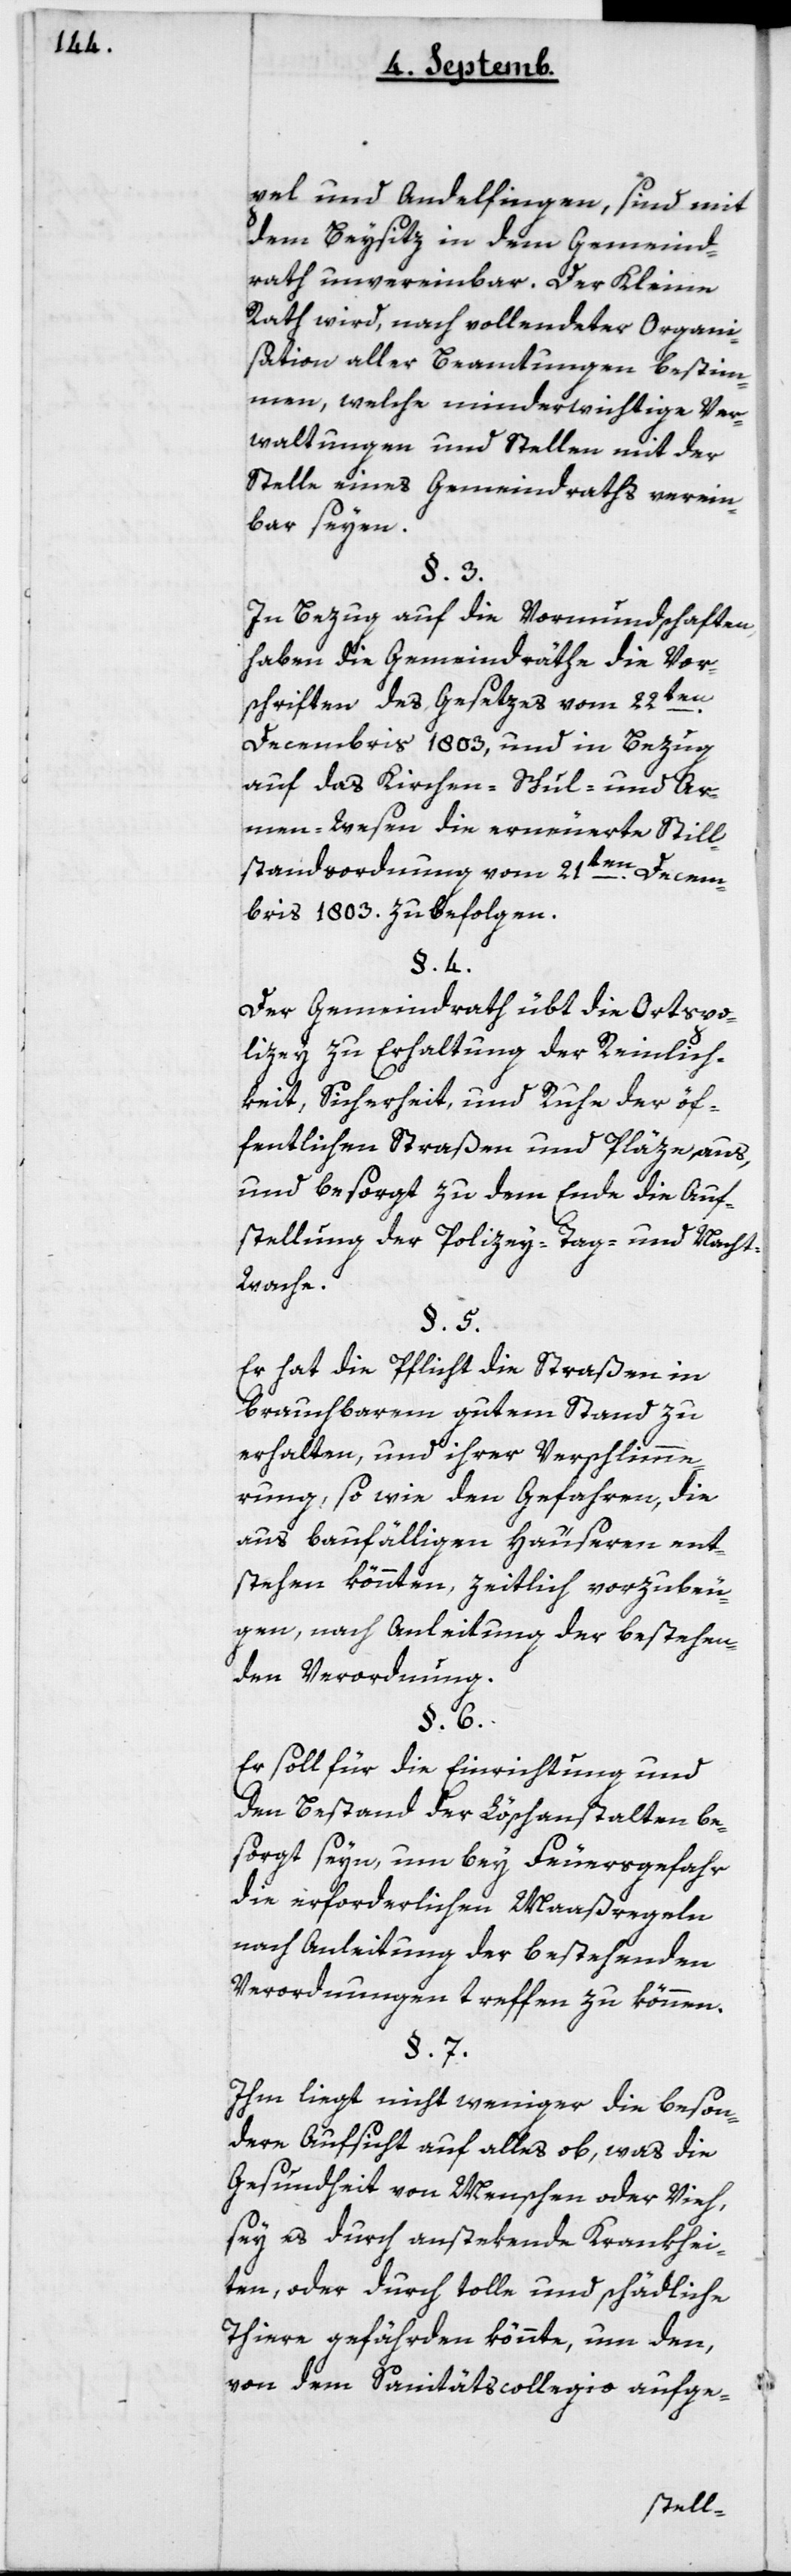
pel und Andelfingen, sind mit
dem Beysitz in dem Gemeind¬
rath unvereinbar. Der Kleine
Rath wird, nach vollendeter Organi¬
sation aller Beamtungen bestim¬
men, welche minder wichtige Ver¬
waltungen und Stellen mit der
Stelle eines Gemeindraths verein¬
bar seyen.
In Bezug auf die Vormundschaften,
haben die Gemeindräthe die Vor¬
schriften des Gesezes vom 22ten
Decembris 1803 und in Bezug
auf das Kirchen-, Schul- und Ar¬
men-Wesen die erneuerte Still¬
standsordnung vom 21ten Decem¬
bris 1803 zu befolgen.
Der Gemeindrath übt die Ortspo¬
licey zu Erhaltung der Reinlich¬
keit, Sicherheit, und Ruhe der öf¬
fentlichen Straßen und Pläze aus,
und besorgt zu dem Ende die Auf¬
stellung der Policey-Tag und –Nacht¬
wache.
Er hat die Pflicht, die Straßen in
brauchbarem gutem Stand zu
erhalten, und ihrer Verschlimme¬
rung, so wie den Gefahren, die
aus baufälligen Häuseren ent¬
stehen könnten, zeitlich vorzubeu¬
gen, nach Anleitung der bestehen¬
den Verordnung.
Er soll für die Einrichtung und
den Bestand der Löschanstalten be¬
sorgt seyn, um bey Feuersgefahr
die erforderlichen Maßregeln
nach Anleitung der bestehenden
Verordnungen treffen zu können.
Ihm liegt nicht weniger die beson¬
dere Aufsicht auf alles ob, was die
Gesundheit von Menschen oder Vieh,
sey es durch anstekende Krankhei¬
ten, oder durch tolle und schädliche
Tiere gefährden könnte, um den,
von dem Sanitätscollegio auf-